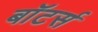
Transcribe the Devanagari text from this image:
बॉटर्स